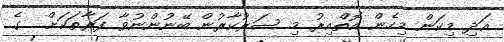
އަދި މިކަން މިހެން އޮތްއިރު މި ސަރުކާރުން ބޭނުންނުވާ ފަރާތަކަށް  ގެ